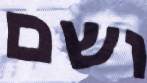
ושם